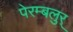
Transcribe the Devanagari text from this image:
पेरम्बलुर्